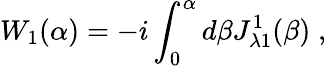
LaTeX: W_{1}(\alpha)=-i\int_{0}^{\alpha}d\beta J_{\lambda 1}^{1}(\beta)\; ,